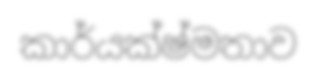
කාර්යක්ෂ්මතාව